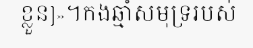
ខ្លួន]»។កងឆ្មាំសមុទ្ររបស់